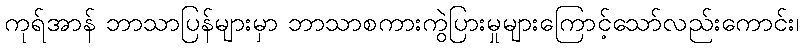
ကုရ်အာန် ဘာသာပြန်များမှာ ဘာသာစကားကွဲပြားမှုများကြောင့်သော်လည်းကောင်း၊